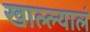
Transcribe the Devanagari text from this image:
खाल्ल्यालं